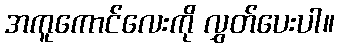
အကူကောင်လေးကို လွှတ်ပေးပါ။